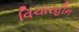
વિચારહીન